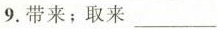
9.带来；取来___